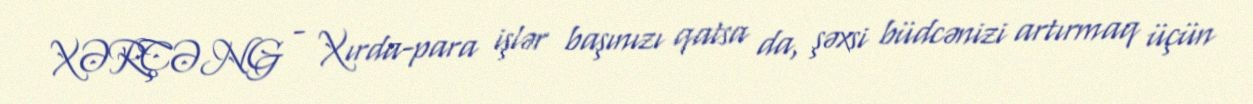
XƏRÇƏNG - Xırda-para işlər başınızı qatsa da, şəxsi büdcənizi artırmaq üçün